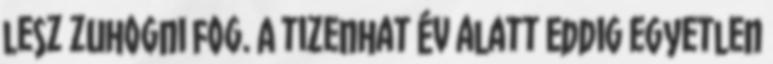
lesz zuhogni fog. A tizenhat év alatt eddig egyetlen